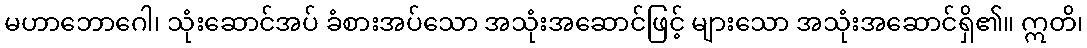
မဟာဘောဂေါ၊ သုံးဆောင်အပ် ခံစားအပ်သော အသုံးအဆောင်ဖြင့် များသော အသုံးအဆောင်ရှိ၏။ ဣတိ၊